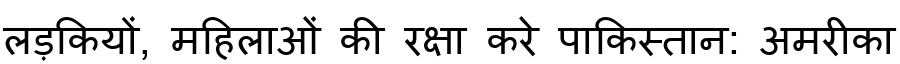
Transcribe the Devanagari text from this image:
लड़कियों, महिलाओं की रक्षा करे पाकिस्तान: अमरीका